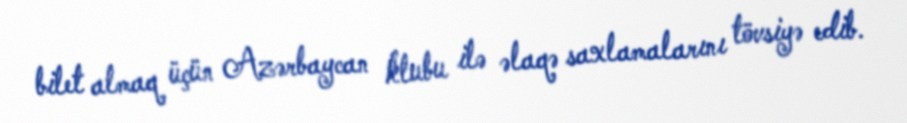
bilet almaq üçün Azərbaycan klubu ilə əlaqə saxlamalarını tövsiyə edib.